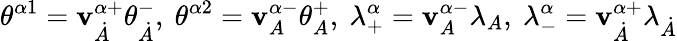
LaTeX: \theta^{\alpha1}=\mathbf{v}_{\dot{{A}}}^{\alpha+}\theta_{\dot{{A}}}^{-},\ \theta^{\alpha2}=\mathbf{v}_{A}^{\alpha-}\theta_{A}^{+},\ \lambda_{+}^{\alpha}=\mathbf{v}_{A}^{\alpha-}\lambda_{A},\ \lambda_{-}^{\alpha}=\mathbf{v}_{\dot{{A}}}^{\alpha+}\lambda_{\dot{{A}}}